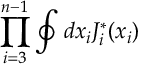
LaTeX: \prod _ { i = 3 } ^ { n - 1 } \oint d x _ { i } J _ { i } ^ { * } ( x _ { i } )